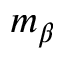
m _ { \beta }